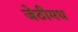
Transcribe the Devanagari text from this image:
जेठीमध